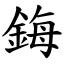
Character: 鋂